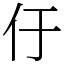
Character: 㐵